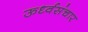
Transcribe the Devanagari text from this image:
ऊर्ध्वसंचार